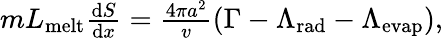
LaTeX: \begin{array}{r}{mL_{\mathrm{melt}}\frac{\mathrm{d}S}{\mathrm{d}x}=\frac{4\pi a^{2}}{v}(\Gamma-\Lambda_{\mathrm{rad}}-\Lambda_{\mathrm{evap}}),}\end{array}